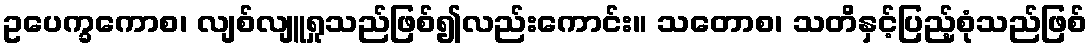
ဥပေက္ခကောစ၊ လျစ်လျူရှုသည်ဖြစ်၍လည်းကောင်း။ သတောစ၊ သတိနှင့်ပြည့်စုံသည်ဖြစ်